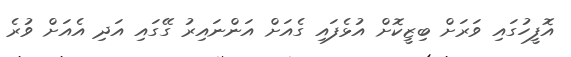
އޮފީހުގައި ވަރަށް ބިޒީކޮށް އުޅެފައި ގެއަށް އަންނައިރު ގޭގައި އަދި އެއަށް ވުރެ